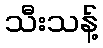
သီးသန့်